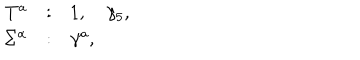
\begin{array} { r c l } { { T ^ { a } } } & { { : } } & { { 1 , \quad \gamma _ { 5 } , } } \\ { { \Sigma ^ { \alpha } } } & { { : } } & { { \gamma ^ { a } , } } \\ \end{array}